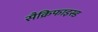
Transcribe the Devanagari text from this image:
सैक्रिफाइस्ड